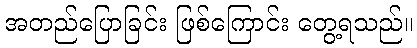
အတည်ပြောခြင်း ဖြစ်ကြောင်း တွေ့ရသည်။